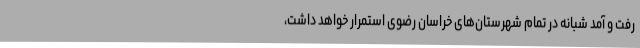
رفت و آمد شبانه در تمام شهرستان‌های خراسان رضوی استمرار خواهد داشت،